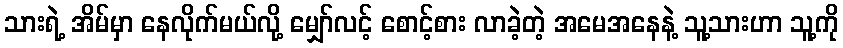
သားရဲ့ အိမ်မှာ နေလိုက်မယ်လို့ မျှော်လင့် စောင့်စား လာခဲ့တဲ့ အမေအနေနဲ့ သူ့သားဟာ သူ့ကို